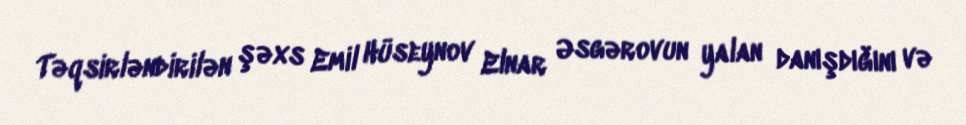
Təqsirləndirilən şəxs Emil Hüseynov Elnar Əsgərovun yalan danışdığını və